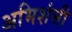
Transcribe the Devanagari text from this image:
अभिशंसी